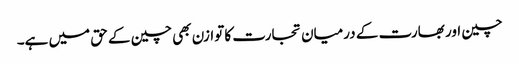
چین اور بھارت کے درمیان تجارت کا توازن بھی چین کے حق میں ہے۔